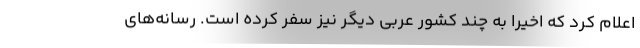
اعلام کرد که اخیرا به چند کشور عربی دیگر نیز سفر کرده است. رسانه‌های